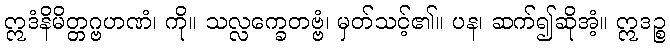
ဣဒံနိမိတ္တဂ္ဗဟဏံ၊ ကို။ သလ္လက္ခေတဗ္ဗံ၊ မှတ်သင့်၏။ ပန၊ ဆက်၍ဆိုအံ့။ ဣဒဉ္စ